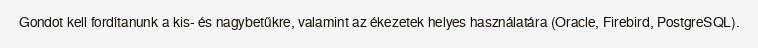
Gondot kell fordítanunk a kis- és nagybetűkre, valamint az ékezetek helyes használatára (Oracle, Firebird, PostgreSQL).